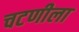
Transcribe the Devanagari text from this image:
चटणीला